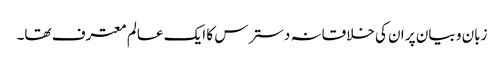
زبان و بیان پر ان کی خلاقانہ دسترس کا ایک عالم معترف تھا۔